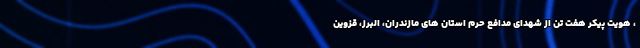
، هویت پیکر هفت تن از شهدای مدافع حرم استان های مازندران، البرز، قزوین